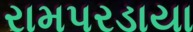
રામપરડાયા